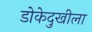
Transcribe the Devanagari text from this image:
डोकेदुखीला